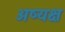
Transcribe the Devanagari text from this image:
अष्यक्ष